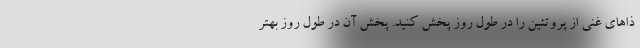
ذا‌های غنی از پروتئین را در طول روز پخش کنید. پخش آن در طول روز بهتر